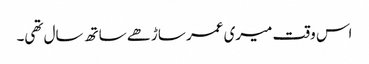
اس وقت میری عمر ساڑھے ساتھ سال تھی۔